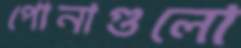
পোনাগুলো